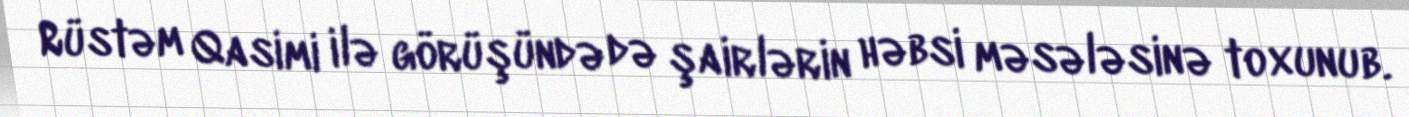
Rüstəm Qasimi ilə görüşündə də şairlərin həbsi məsələsinə toxunub.